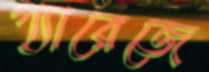
গ্যারেজে